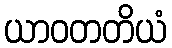
ယာဝတတိယံ